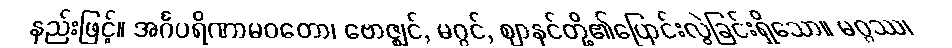
နည်းဖြင့်။ အင်္ဂပရိဏာမဝတော၊ ဗောဇ္ဈင်, မဂ္ဂင်, ဈာနင်တို့၏ပြောင်းလွဲခြင်းရှိသော။ မဂ္ဂဿ၊